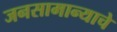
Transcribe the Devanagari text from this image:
जनसामान्याचे